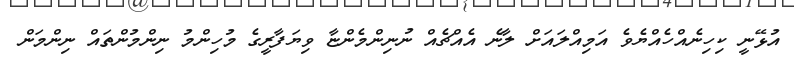
އުޅޭނީ ކިހިނެއްހެއްޔެވެ އަމިއްލައަށް ލާނެ އެއްޗެއް ނުނިންމެންޏާ ވިޔަފާރީގެ މުހިންމު ނިންމުންތައް ނިންމަން